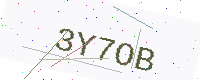
Text: 3Y7OB